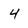
Character: 4